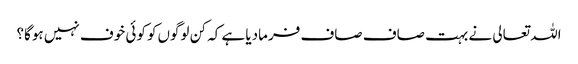
اللہ تعالی نے بہت صاف صاف فرمادیا ہے کہ کن لوگوں‌کو کوئی خوف نہیں‌ ہوگا؟